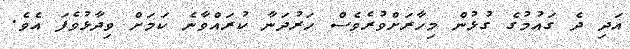
އަދި ދެ ގައުމުގެ ގުޅުން މިހާރަށްވުރެވެސް ހަރުދަނާ ކުރައްވާނެ ކަމަށް ވިދާޅުވެފަ އެވެ.